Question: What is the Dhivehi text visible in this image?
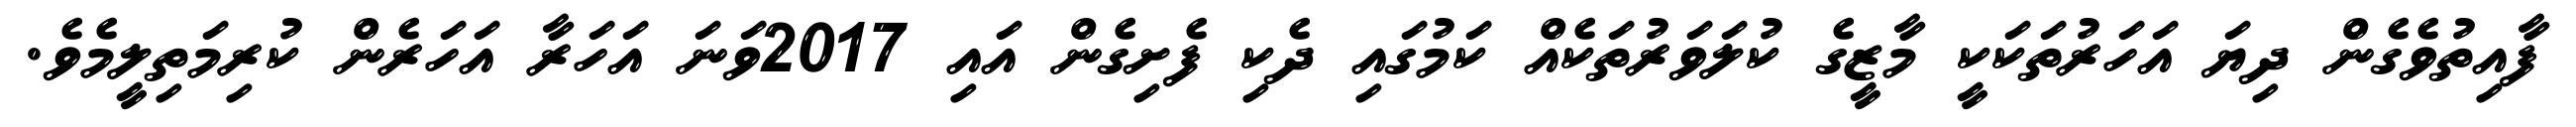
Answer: ފާއިތުވެގެން ދިޔަ އަހަރުތަކަކީ މާޒީގެ ކުލަވަރުތަކެއް ކަމުގައި ދެކި ފެށިގެން އައި 2017ވަނަ އަހަރާ އަހަރެން ކުރިމަތިލީމެވެ.